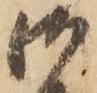
御